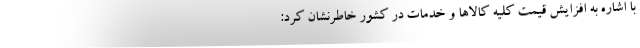
با اشاره به افزايش قيمت كليه كالاها و خدمات در كشور خاطرنشان كرد: